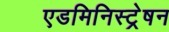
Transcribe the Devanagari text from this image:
एडमिनिस्ट्रेषन